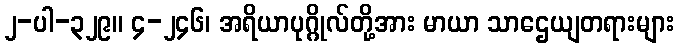
၂-ပါ-၃၂၉။ ၄-၂၄၆၊ အရိယာပုဂ္ဂိုလ်တို့အား မာယာ သာဌေယျတရားများ